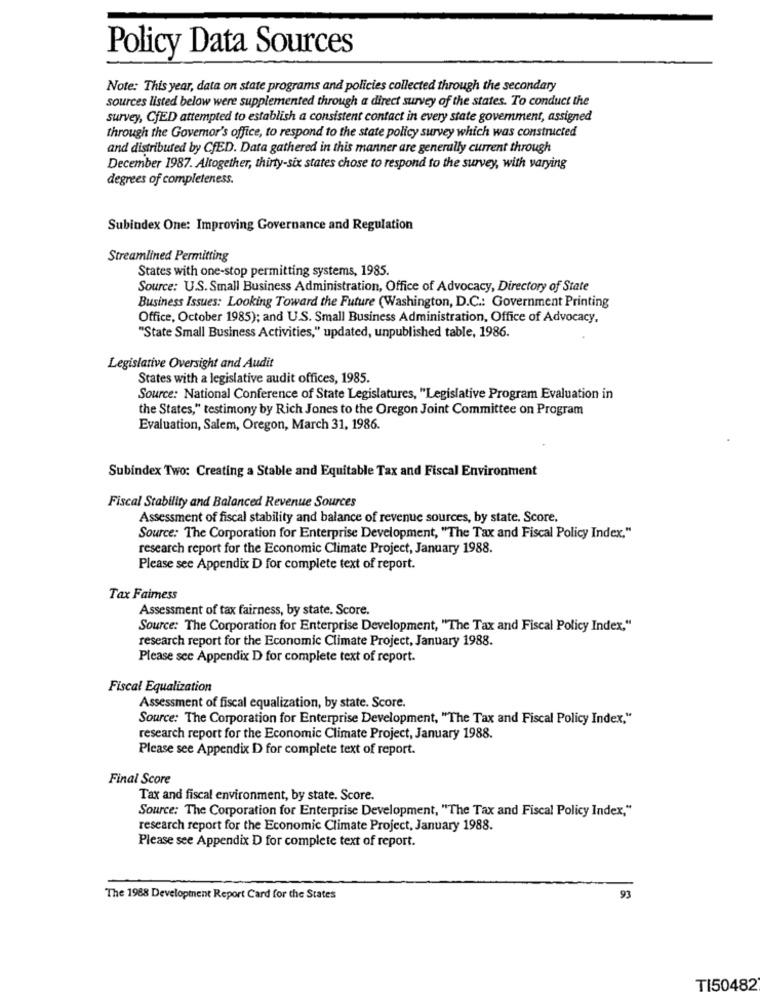
Policy Data Sources
Note: This year, data on state programs and policies collected through the secondary
sources listed below were supplemented through a direct survey of the states. To conduct the
survey, CfED attempted to establish a consistent contact in every state government, assigned
through the Governor's office, to respond to the state policy survey which was constructed
and distributed by CfED. Data gathered in this manner are generally current through
December 1987. Altogether, thirty-six states chose to respond to the survey, with varying
degrees of completeness.
Subindex One: Improving Governance and Regulation
Streamlined Permitting
States with one-stop permitting systems, 1985.
Source: U.S.Small Business Administration, Office of Advocacy, Directory of State
Business Issues: Looking Toward the Future (Washington, D.C .: Government Printing
Office, October 1985); and U.S. Small Business Administration, Office of Advocacy,
"State Small Business Activities," updated, unpublished table, 1986.
Legislative Oversight and Audit
States with a legislative audit offices, 1985.
Source: National Conference of State Legislatures, "Legislative Program Evaluation in
the States," testimony by Rich Jones to the Oregon Joint Committee on Program
Evaluation, Salem, Oregon, March 31, 1986.
Subindex Two: Creating a Stable and Equitable Tax and Fiscal Environment
Fiscal Stability and Balanced Revenue Sources
Assessment of fiscal stability and balance of revenue sources, by state. Score,
Source: The Corporation for Enterprise Development, "The Tax and Fiscal Policy Index."
research report for the Economic Climate Project, January 1988.
Please see Appendix D for complete text of report.
Tax Faimess
Assessment of tax fairness, by state. Score.
Source: The Corporation for Enterprise Development, "The Tax and Fiscal Policy Index,"
research report for the Economic Climate Project, January 1988.
Please see Appendix D for complete text of report.
Fiscal Equalization
Assessment of fiscal equalization, by state. Score.
Source: The Corporation for Enterprise Development, "The Tax and Fiscal Policy Index,"
research report for the Economic Climate Project, January 1988.
Please see Appendix D for complete text of report.
Final Score
Tax and fiscal environment, by state. Score.
Source: The Corporation for Enterprise Development, "The Tax and Fiscal Policy Index,"
research report for the Economic Climate Project, January 1988.
Please see Appendix D for complete text of report.
The 1988 Development Report Card for the States
93
TI50482